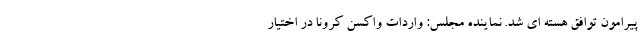
پیرامون توافق هسته ای شد. نماینده مجلس: واردات واکسن کرونا در اختیار